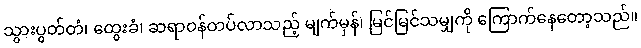
သွားပွတ်တံ၊ ထွေးခံ၊ ဆရာဝန်တပ်လာသည့် မျက်မှန်၊ မြင်မြင်သမျှကို ကြောက်နေတော့သည်။